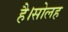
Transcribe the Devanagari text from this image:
है।सोलह